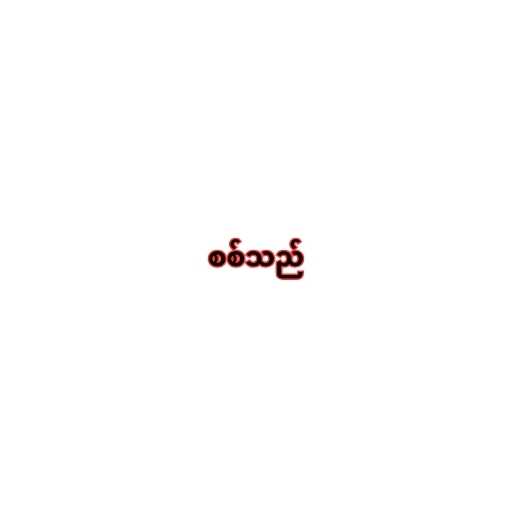
စစ်သည်